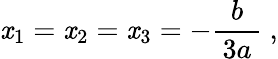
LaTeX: \mathit{x}_{1}=\mathit{x}_{2}=\mathit{x}_{3}=-{\frac{{b}}{{\, 3a\, }}}~,